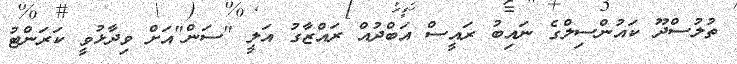
ތުލުސްދޫ ކައުންސިލްގެ ނައިބު ރައީސް އަބްދުއް ރައްޒާގު އަލީ "ސަން"އަށް ވިދާޅުވީ ކަރަންޓު